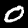
Label: 0